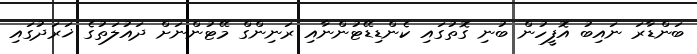
ބަންޑާރަ ނައިބު އޮފީހުން ބުނި ގޮތުގައި ކެންޑިޑޭޓުންނާއި ރަނިންގް މޭޓުންނަށް ދައުލަތުގެ ޚަރަދުގައި